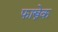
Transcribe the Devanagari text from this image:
फास्त्रेक